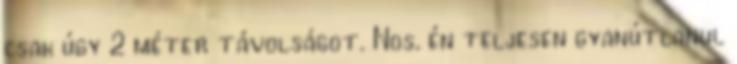
csak úgy 2 méter tá­volságot. Nos, én teljesen gya­nút­lanul